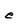
Character: e